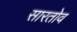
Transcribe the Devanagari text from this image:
सारतोव